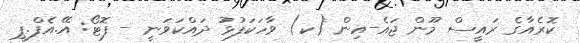
ކޮރެއާގެ ރައީސް މޫން ޖައެ-އިން (ކ) ވާހަކަފުޅު ދައްކަވަނީ - ފޮޓޯ: އޭ.އެފް.ޕީ